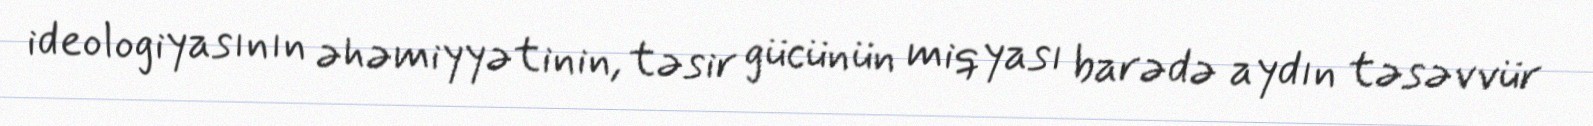
ideologiyasının əhəmiyyətinin, təsir gücünün miqyası barədə aydın təsəvvür